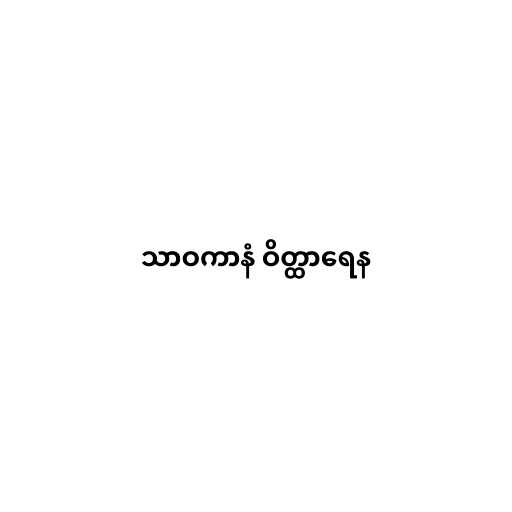
သာဝကာနံ ဝိတ္ထာရေန